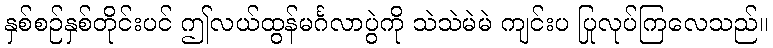
နှစ်စဉ်နှစ်တိုင်းပင် ဤလယ်ထွန်မင်္ဂလာပွဲကို သဲသဲမဲမဲ ကျင်းပ ပြုလုပ်ကြလေသည်။